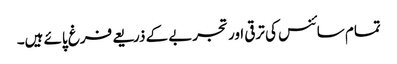
تمام سائنس کی ترقی اور تجربے کے ذریعے فرغ پائے ہیں۔